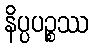
နိပ္ပပဉ္စဿ